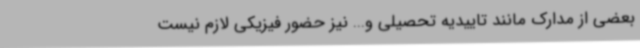
بعضی از مدارک مانند تاییدیه تحصیلی و... نیز حضور فیزیکی لازم نیست